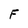
Character: F